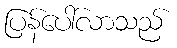
ပြန်ပေါ်လာသည်